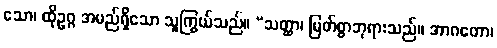
သော၊ ထိုဥဂ္ဂ အမည်ရှိသော သူကြွယ်သည်။ “သတ္ထာ၊ မြတ်စွာဘုရားသည်။ အာဂတော၊